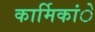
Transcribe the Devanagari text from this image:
कार्मिकांे